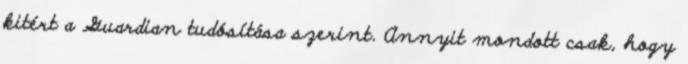
kitért a Guardian tudósítása szerint. Annyit mondott csak, hogy